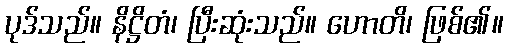
ပုဒ်သည်။ နိဋ္ဌိတံ၊ ပြီးဆုံးသည်။ ဟောတိ၊ ဖြစ်၏။